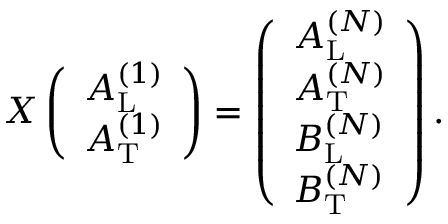
\begin{array} { r } { X \left( \begin{array} { l } { A _ { \mathrm { L } } ^ { ( 1 ) } } \\ { A _ { \mathrm { T } } ^ { ( 1 ) } } \end{array} \right) = \left( \begin{array} { l } { A _ { \mathrm { L } } ^ { ( N ) } } \\ { A _ { \mathrm { T } } ^ { ( N ) } } \\ { B _ { \mathrm { L } } ^ { ( N ) } } \\ { B _ { \mathrm { T } } ^ { ( N ) } } \end{array} \right) . } \end{array}